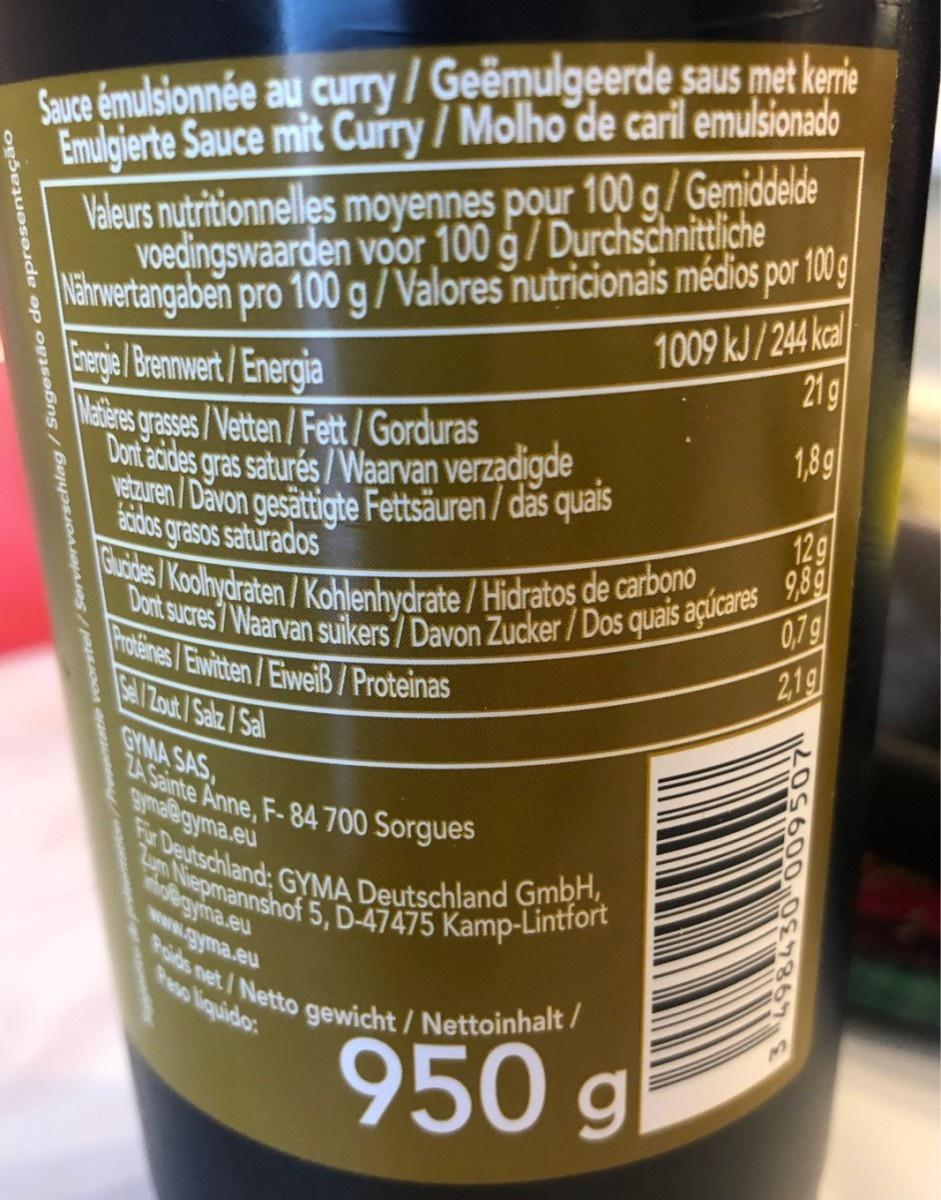
Sauce émulsionnée au curry/Geëmulgeerde saus met kerie Emulgierte Sauce mit Curry / Molho de caril emulsionado Valeurs nutritionnelles moyennes pour 100 g/ Gemiddelde Voedingswaarden voor 100 g/Durchschnittiche Mernwertangaben pro 100 g/Valores nutricionais médios por 100g Enegle/ Brenwert/Energia Maieres grases/Vetten/Fett / Gorduras Dont acides gras saturés/Waarvan verzadigde veturen/Davon gesättigte Fettsäuren / das quais 1009 kJ/244 kcal 21g 1,89 12g Ecdos grasos saturados Elcdes/Koolhydraten/Kohlenhydrate / Hidratos de carbono 0,79 21g Dont sucres7 Waarvan suikers7 Davon Zucker/Dos quais açúcares 9,89 rotines/Eivitten/EiweiB/ Proteinas sel/Zout/Salz / Sal GYMA SAS, ZA Sainte Anne, F-84 700 Sorgues 9yma@gyma.eu Fr Deutschland: GYMA Deutschland GmbH, Lun Niepmannshof 5, D-47475 Kamp-Lintfort Poids net/Netto gewicht/Nettoinhalt / 950 g no@gyma.eu www.gyma.eu Peso liquido: sentatie vvoorstel/Serviervorschlag/Sugestão de apresentaç 2O5600 7E